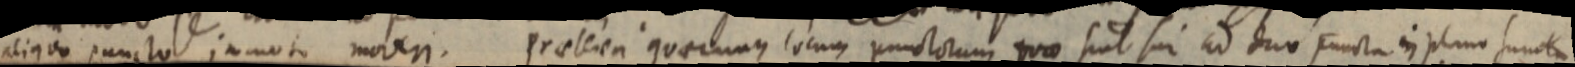
aliquo puncto immoto moveri. Praeterea quaecunque locum punctorum quae sint sui ad duo Functa in plano sumta